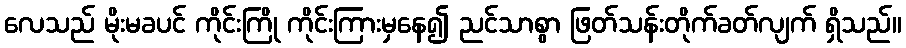
လေသည် မိုးမခပင် ကိုင်းကြို ကိုင်းကြားမှနေ၍ ညင်သာစွာ ဖြတ်သန်းတိုက်ခတ်လျက် ရှိသည်။